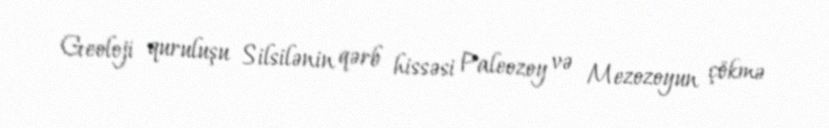
Geoloji quruluşu Silsilənin qərb hissəsi Paleozoy və Mezozoyun çökmə